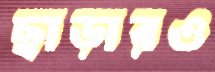
ছাড়ারও